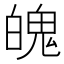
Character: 魄